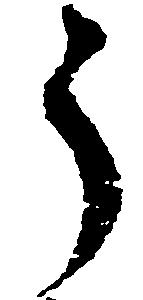
う